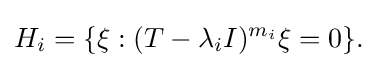
\displaystyle {H_{i}=\{\xi :(T-\lambda _{i}I)^{m_{i}}\xi =0\}.}